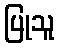
ပြုသူ